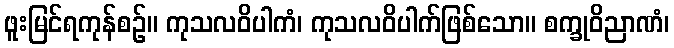
ဖူးမြင်ရကုန်စဉ်။ ကုသလဝိပါကံ၊ ကုသလဝိပါက်ဖြစ်သော။ စက္ခုဝိညာဏံ၊